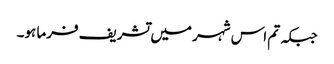
جبکہ تم اس شہر میں تشریف فرما ہو۔